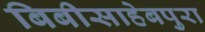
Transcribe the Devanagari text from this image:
बिबीसाहेबपुरा